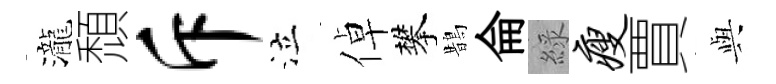
瀧頹斥泣倬攀鵲侖綠瘦賈𫤰